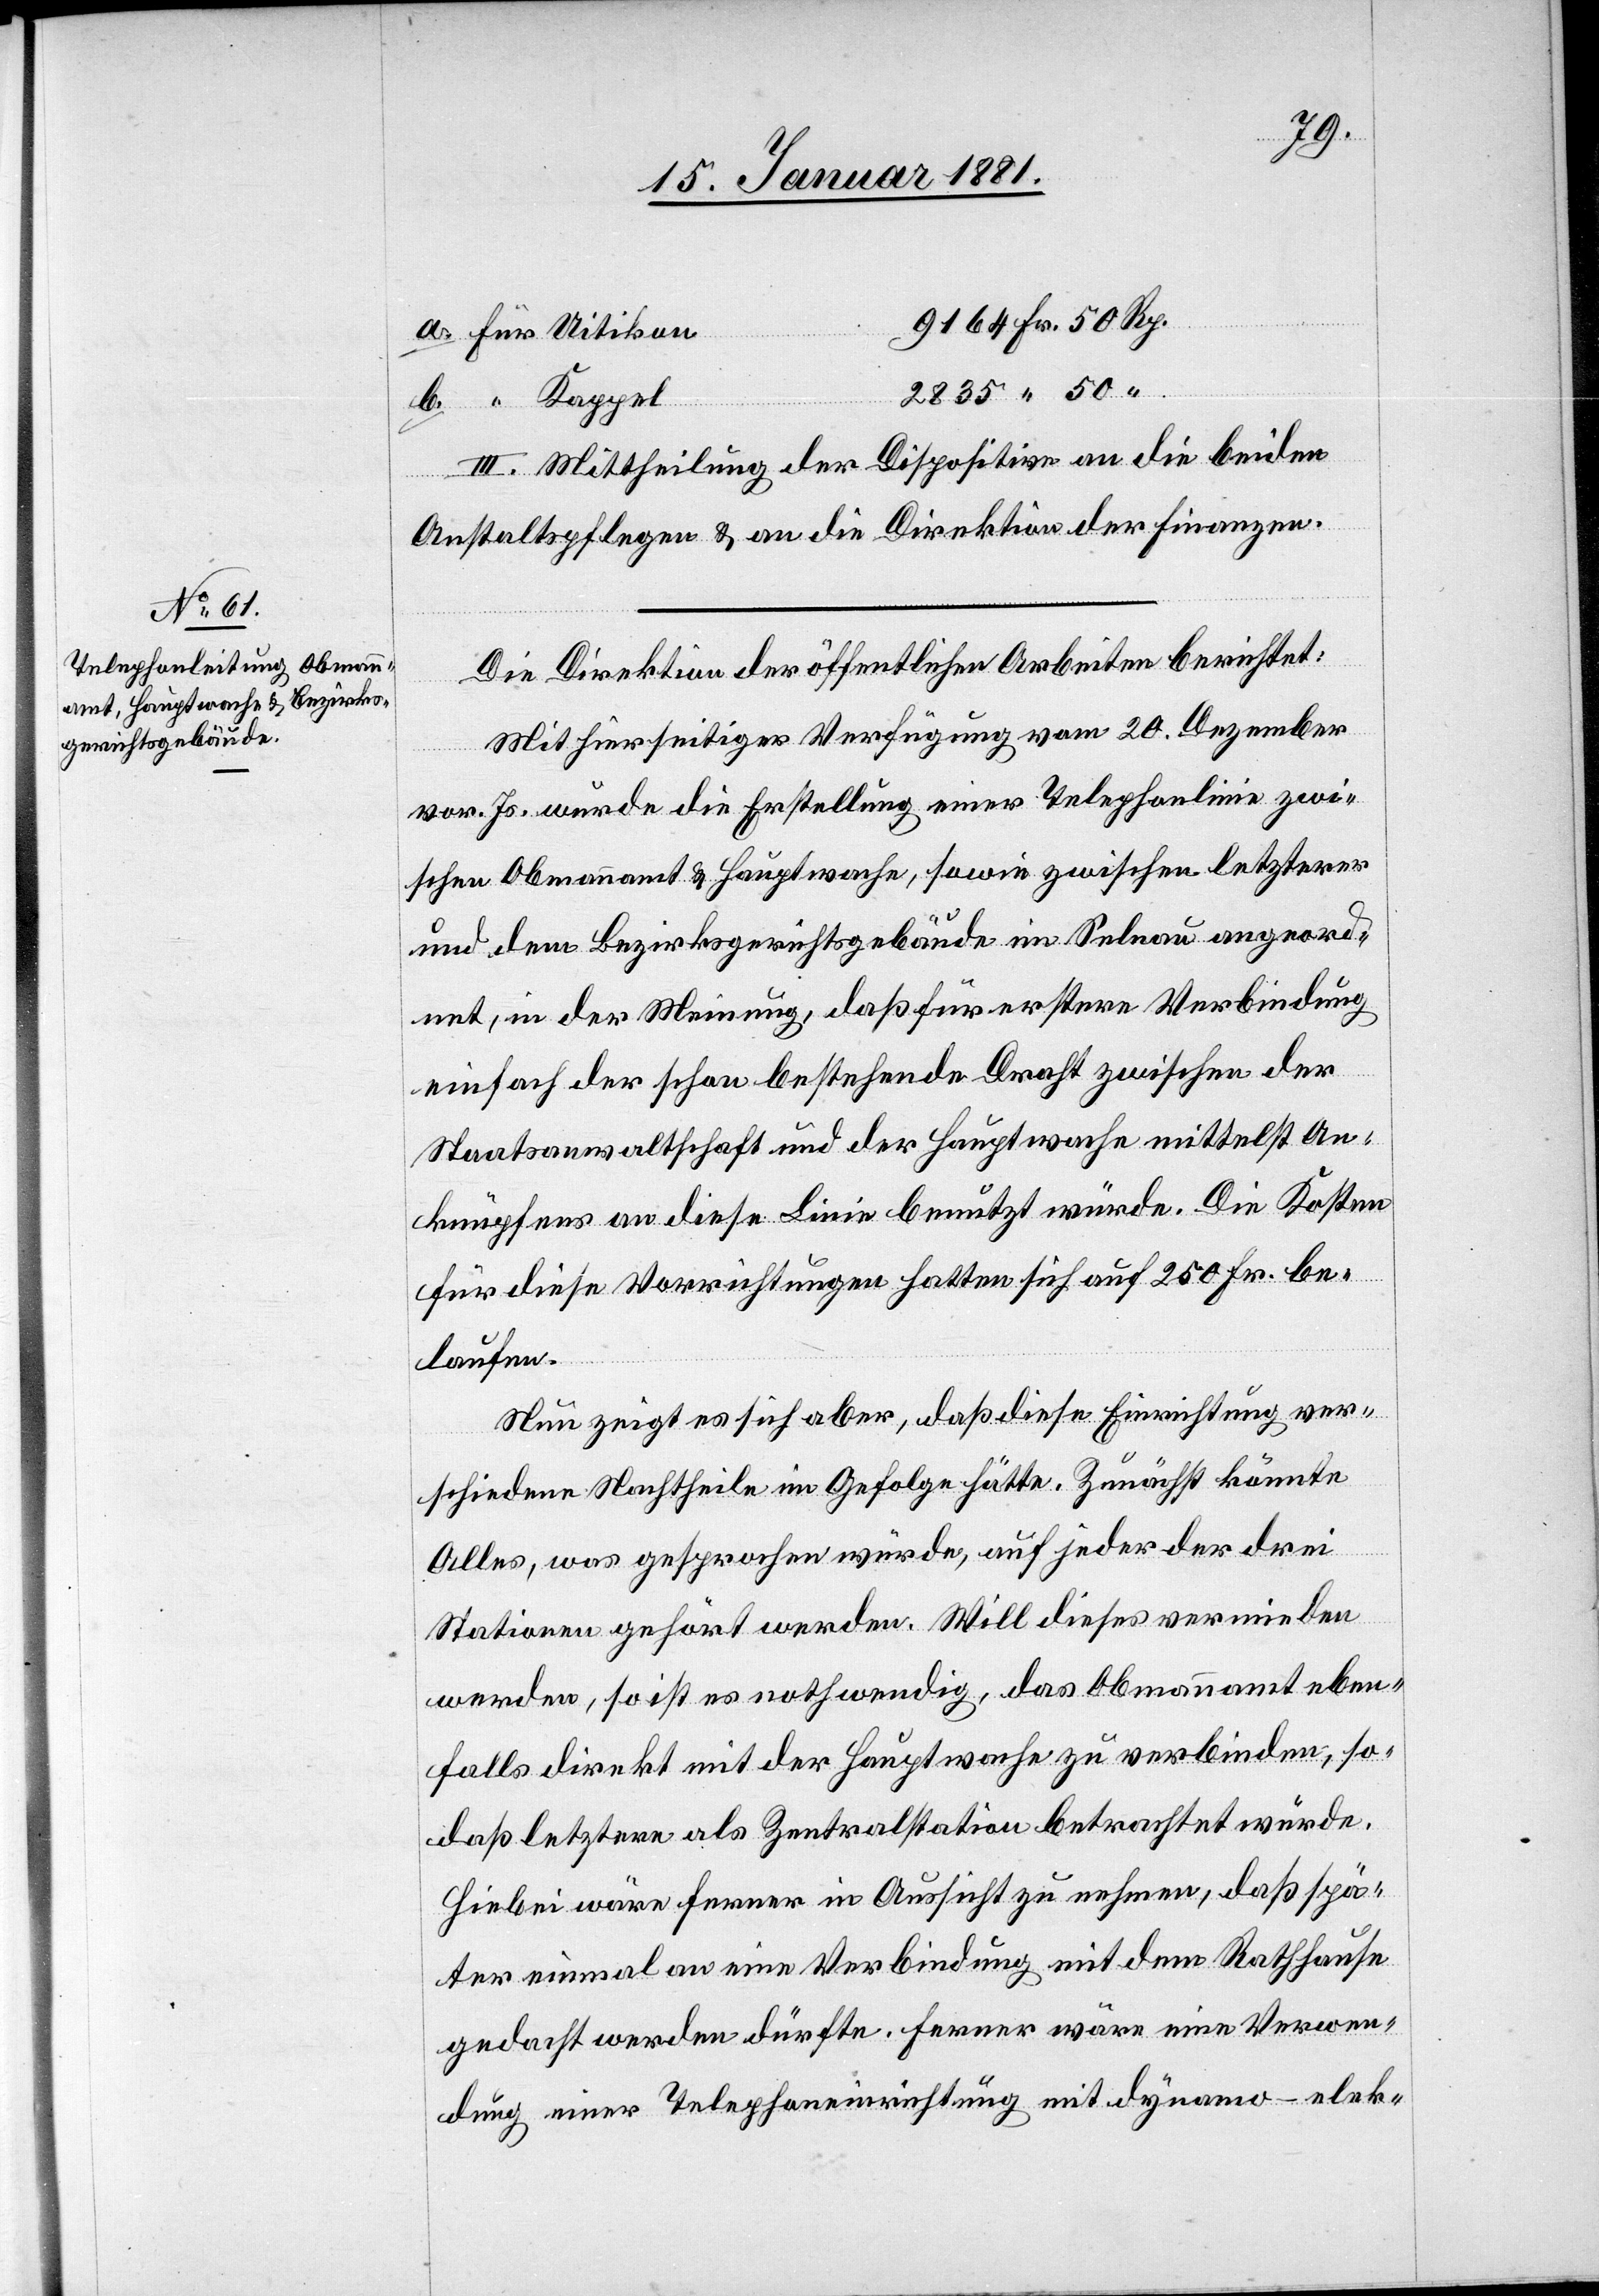
Die Direktion der öffentlichen Arbeiten berichtet:
Mit hierseitiger Verfügung vom 20. Dezember
vor. Js. wurde die Erstellung einer Telephonlinie zwisc¬
hen dem Bezirksgerichtsgebäude im Selnau angeord¬
net, in der Meinung, daß für erstere Verbindung
einfach der schon bestehende Draht zwischen der
Staatsanwaltschaft und der Hauptwache mittelst An¬
knüpfens an diese Linie benutzt würde. Die Kosten
für diese Vorrichtungen hatten sich auf 250 Fr. be¬
laufen.
Nun zeigt es sich aber, daß diese Einrichtung ver¬
schiedene Nachtheile im Gefolge hätte. Zunächst könnte
Alles, was gesprochen würde, auf jeder der drei
Stationen gehört werden. Will dieses vermieden
werden, so ist es nothwendig, das Obmannamt eben¬
falls direkt mit der Hauptwache zu verbinden, so¬
daß letztere als Zentralstation betrachtet würde.
Hiebei wäre ferner in Aussicht zu nehmen, daß spä¬
ter einmal an eine Verbindung mit dem Rathhause
gedacht werden dürfte. Ferner wäre eine Verwen¬
dung einer Telegrapheneinrichtung mit dynamo-elek-